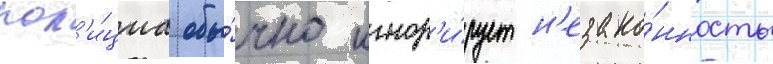
пол'и́циа обы́чно игнор'и́рует н'езако́нность